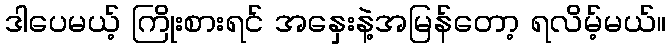
ဒါပေမယ့် ကြိုးစားရင် အနှေးနဲ့အမြန်တော့ ရလိမ့်မယ်။